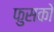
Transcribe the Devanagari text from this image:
फुसको